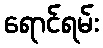
ရောင်ရမ်း